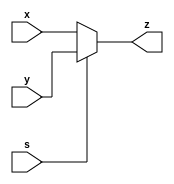
// Code your design here
module mux2_1(input x,y,s,output z);
assign z=s?y:x;
endmodule
 module mux4_1(input a,b,c,d,s1,s2,output z);
wire f0,f1;
    mux2_1 m1(.x(a), .y(b),.s(s1),.z(f0));
    mux2_1 m2(.x(e), .y(d),.s(s1),.z(f1));
    mux2_1 m3(.x(f0), .y(f1),.s(s2),.z(z));
  endmodule
  module mux8_1(input a,b,c,d,e,f,g,h,s0,s1,s2,output z);
wire f0,f1;
    mux4_1 m1(.a(a),.b(b),.c(c),.d(d),.s1(s0),.s2(s1),.z(f0));
    mux4_1 m2(.a(e),.b(f),.c(g),.d(h),.s1(s0),.s2(s1),.z(f1));
    mux4_1 m3(.a(f0),.b(1'b0),.c(1'b0),.d(f1),.s1(s2),.s2(s2),.z(z));
  endmodule